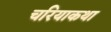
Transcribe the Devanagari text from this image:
चरियाकथा